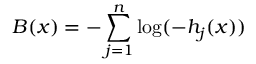
B ( x ) = - \sum _ { j = 1 } ^ { n } \log ( - h _ { j } ( x ) )